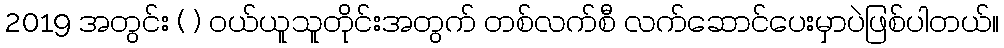
2019 အတွင်း ( ) ဝယ်ယူသူတိုင်းအတွက် တစ်လက်စီ လက်ဆောင်ပေးမှာပဲဖြစ်ပါတယ်။